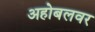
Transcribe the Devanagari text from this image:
अहोबलवर